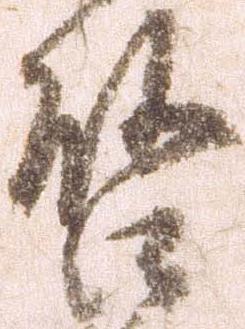
啓